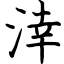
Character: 涬